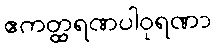
ဧကတ္ထရဏပါဝုရဏာ